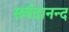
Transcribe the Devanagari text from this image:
सर्वदानन्द